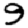
Digit: 9